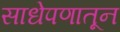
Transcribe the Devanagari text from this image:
साधेपणातून